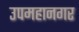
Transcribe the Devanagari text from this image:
उपमहानगर